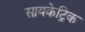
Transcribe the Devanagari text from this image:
सायकेट्रिक